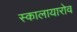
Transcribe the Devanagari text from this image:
स्कालायारोव